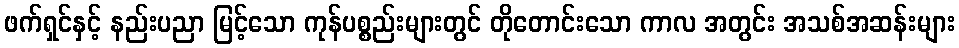
ဖက်ရှင်နှင့် နည်းပညာ မြင့်သော ကုန်ပစ္စည်းများတွင် တိုတောင်းသော ကာလ အတွင်း အသစ်အဆန်းများ